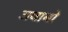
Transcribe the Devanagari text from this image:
जवाबो